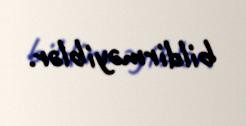
bildirməyiblər.